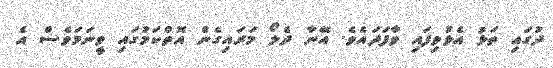
ދުގައި ތަޅު އެޅުވިފައި ވާފަދައެވެ. އޭނާ ދެލޯ މަރައިގެން އޮތްކަމުގައި ވީނަމަވެސް އެ